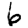
Digit: 6